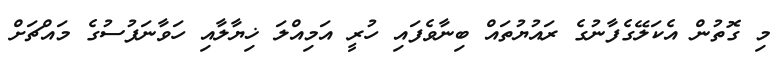
މި ގޮތުން އެކަލޭގެފާނުގެ ރައުޔުތައް ބިނާވެފައި ހުރީ އަމިއްލަ ޚިޔާލާއި ހަވާނަފުސުގެ މައްޗަށް